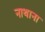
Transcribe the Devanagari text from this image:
नाथाना